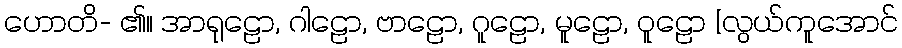
ဟောတိ- ၏။ အာရုဠော, ဂါဠော, ဗာဠော, ဂူဠော, မူဠော, ဝူဠော [လွယ်ကူအောင်